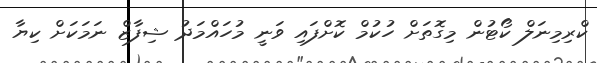
ކްރިމިނަލް ކޯޓުން މިގޮތަށް ހުކުމް ކޮށްފައި ވަނީ މުހައްމަދު ޝިފާޒް ނަމަކަށް ކިޔާ